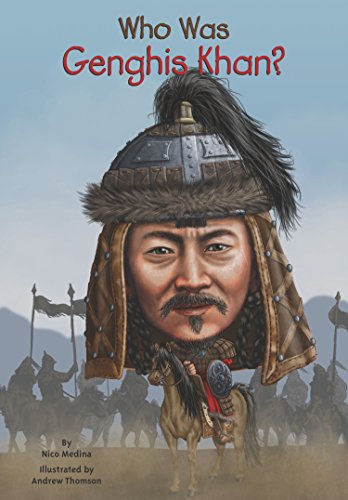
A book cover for Who Was Genghis Khan?; Nico Medina; Children's Books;